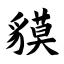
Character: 貘